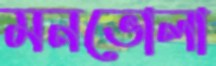
মনভোলা